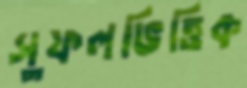
সুফলভিত্তিক